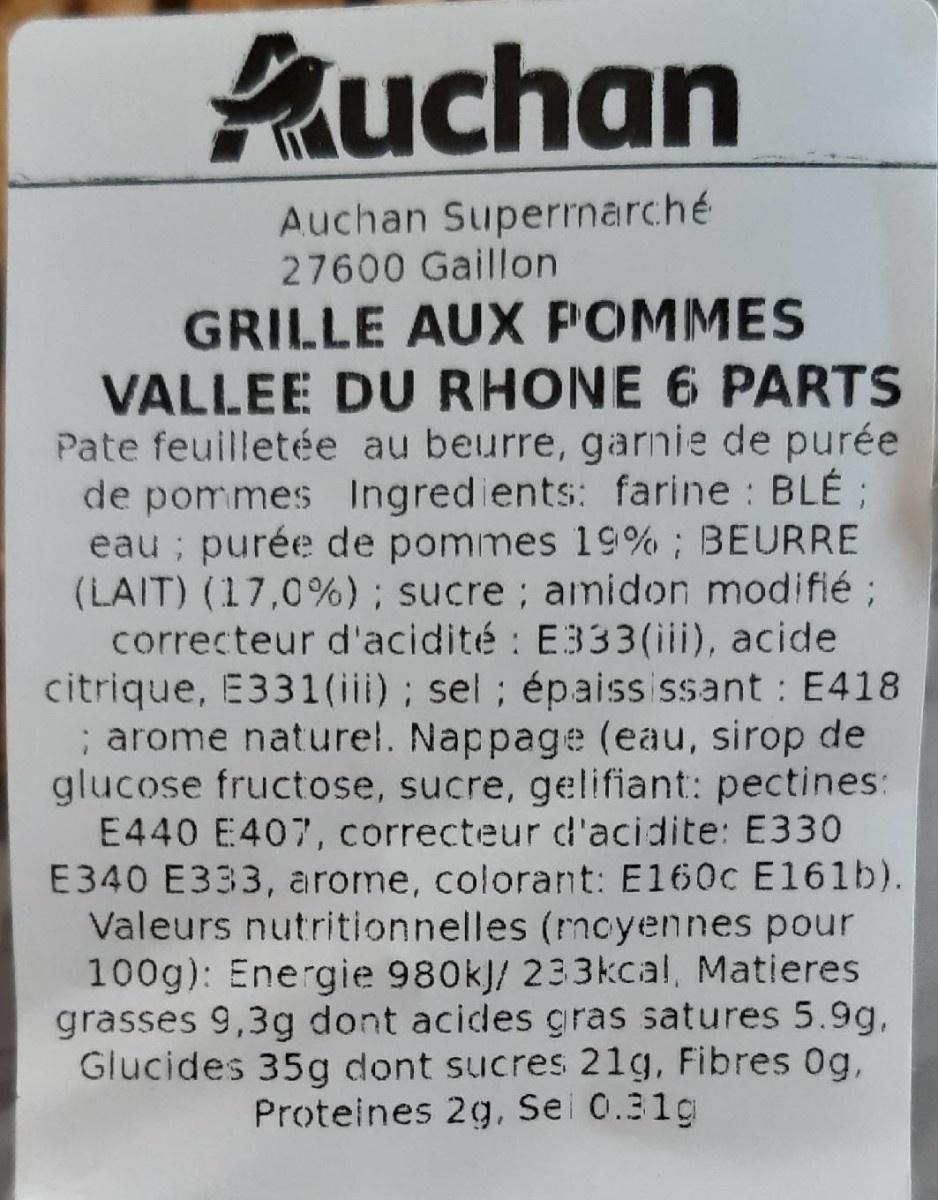
Puchan
Auchan Superrnarché 27600 Gaillon
GRILLE AUX POMMES VALLEE DU RHONE 6 PARTS Pate feuilletée au beurre, garnie de purée de pommes Ingredients: farine : BLÉ ; eau ; purée de pommes 19% ; BEURRE (LAIT) (17,0%) ; sucre ; amidon modifié ; correcteur d'acidité : E333(iii), acide citrique, E331(iii); sel; épaississant : E418 ; arome naturel. Nappage (eau, sirop de glucose fructose, sucre, gelifiant: pectines: E440 E407, correcteur d'acidite: E330 E340 E333, arome, colorant: E160c El61b). Valeurs nutritionnelles (rncyennes pour 100g): Energie 980kJ/ 233kcal, Matieres grasses 9,3g dont acides gras satures 5.9g, Glucides 35g dont sucres 21g, Fibres 0g, Proteines 2g, Sei 0.31g